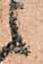
候